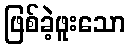
ဖြစ်ခဲ့ဖူးသော